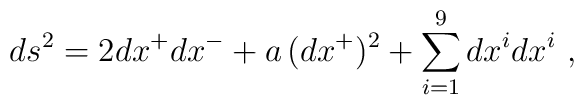
ds^2 = 2dx^+ dx^- + a\, (dx^+)^2 + \sum_{i=1}^9 dx^i dx^i~,